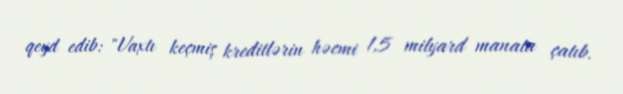
qeyd edib: "Vaxtı keçmiş kreditlərin həcmi 1,5 milyard manata çatıb.